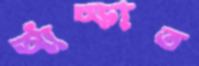
আঁচ্‌ড়াত